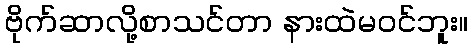
ဗိုက်ဆာလို့စာသင်တာ နားထဲမဝင်ဘူး။